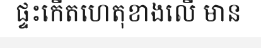
ផ្ទះកើតហេតុខាងលើ មាន